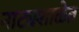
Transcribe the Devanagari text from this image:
नाट्यशाळेत